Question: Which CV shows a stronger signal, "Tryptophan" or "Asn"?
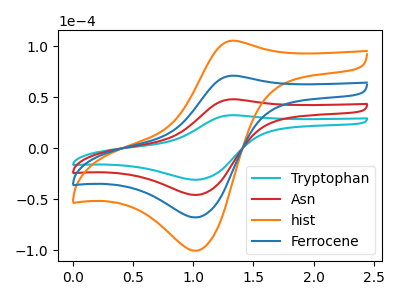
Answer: <think>The cyan curve "Tryptophan" has an anodic peak at (1.30V, 32.45uA) and a cathodic peak at (1.00V, -30.90uA). The red curve "Asn" has an anodic peak at (1.30V, 48.10uA) and a cathodic peak at (1.00V, -45.80uA). The orange curve "hist" has an anodic peak at (1.30V, 144.25uA) and a cathodic peak at (1.00V, -137.45uA). The blue curve "Ferrocene" has an anodic peak at (1.30V, 96.20uA) and a cathodic peak at (1.00V, -91.60uA).
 All the peaks in "Tryptophan" have a peak in "Asn" at the same potential. Every peak in "Tryptophan" is lower than every peak in "Asn".</think>
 <answer>"Tryptophan" has less signal than "Asn".</answer>
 <eval>less_signal</eval>